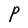
Character: P